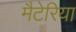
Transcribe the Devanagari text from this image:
मैटेरिया